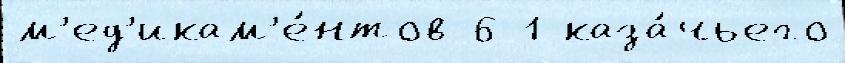
м'ед'икам'е́нтов 6 1 каза́чьего